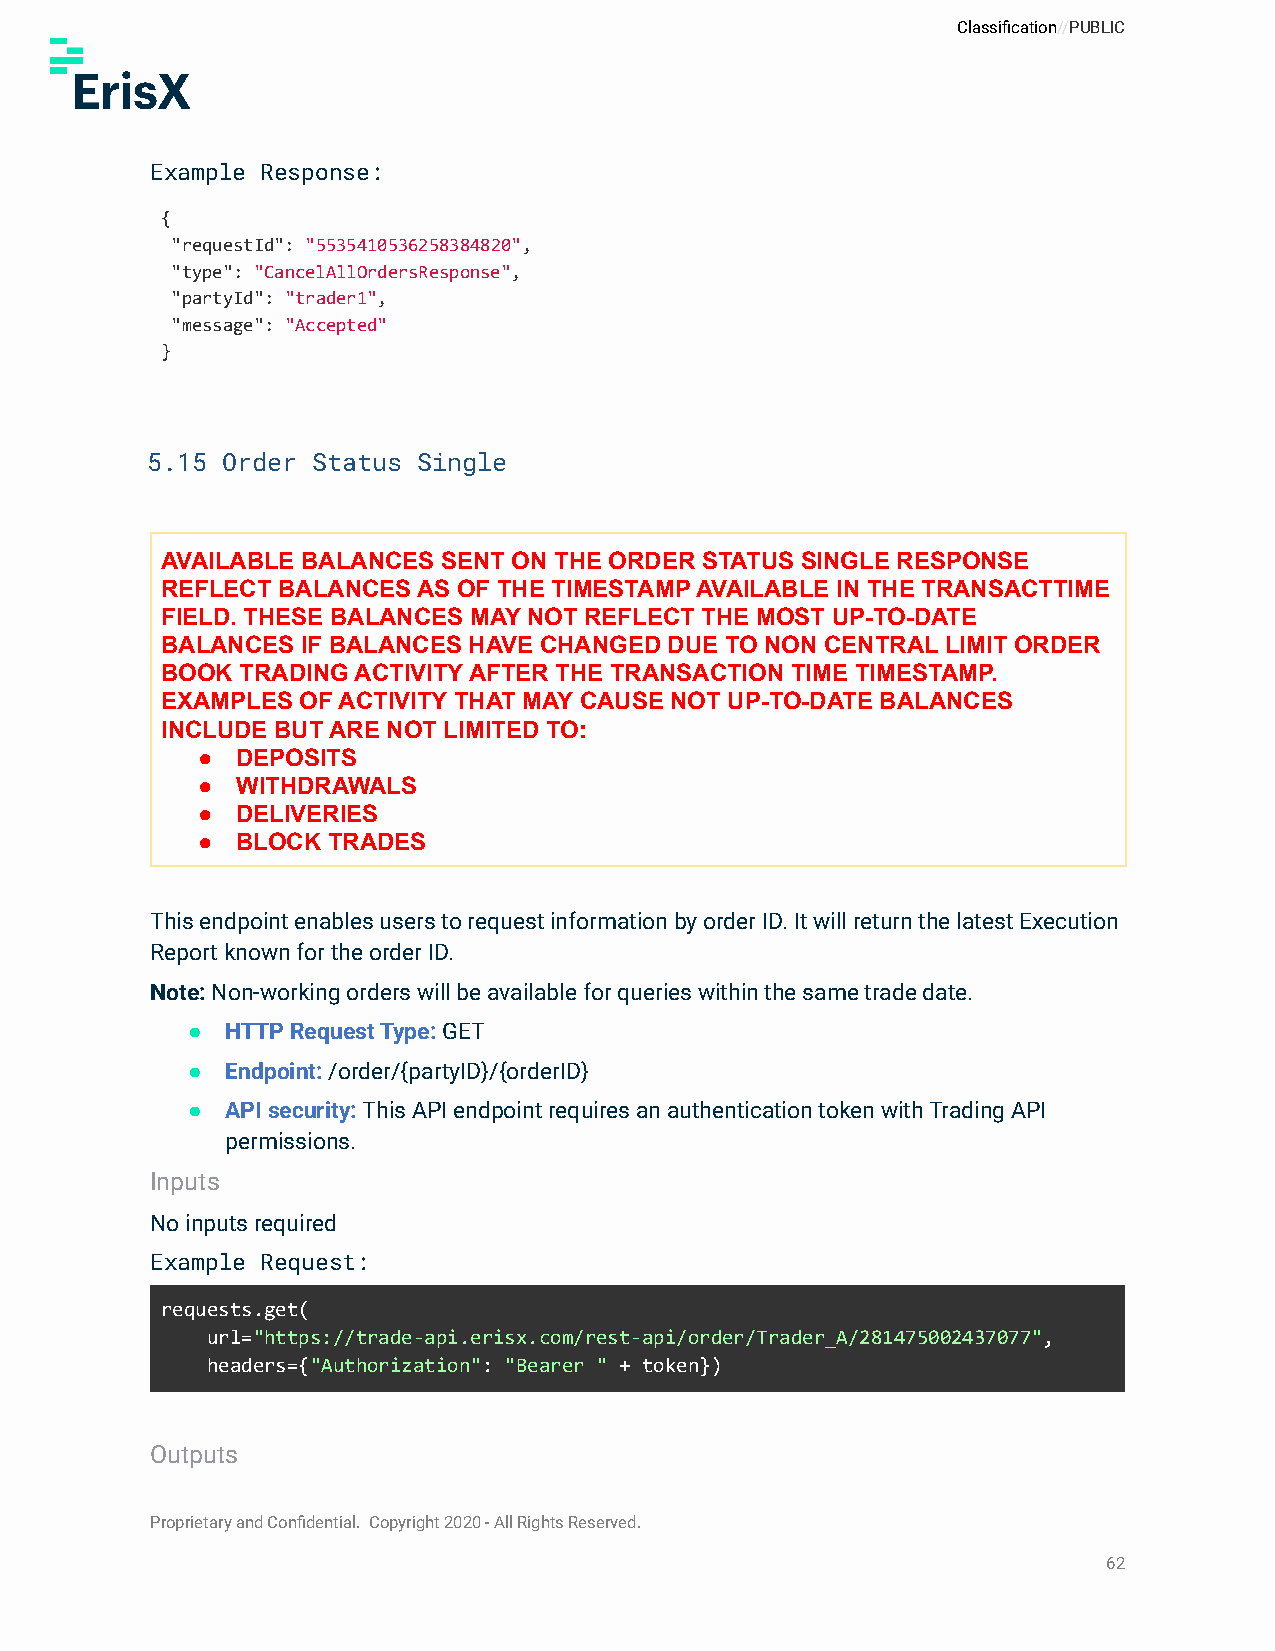
Classification//PUBLIC
 Example Response:
 {
 "requestId": "5535410536258384820",
 "type": "CancelAllOrdersResponse",
 "partyId": "trader1",
 "message": "Accepted"
 }
 5.15 Order Status Single
 AVAILABLE BALANCES SENT ON THE ORDER STATUS SINGLE RESPONSE
 REFLECT BALANCES AS OF THE TIMESTAMP AVAILABLE IN THE TRANSACTTIME
 FIELD. THESE BALANCES MAY NOT REFLECT THE MOST UP-TO-DATE
 BALANCES IF BALANCES HAVE CHANGED DUE TO NON CENTRAL LIMIT ORDER
 BOOK TRADING ACTIVITY AFTER THE TRANSACTION TIME TIMESTAMP.
 EXAMPLES OF ACTIVITY THAT MAY CAUSE NOT UP-TO-DATE BALANCES
 INCLUDE BUT ARE NOT LIMITED TO:
 ●  DEPOSITS
 ●  WITHDRAWALS
 ●  DELIVERIES
 ●  BLOCK TRADES
 This endpoint enables users to request information by order ID. It will return the latest Execution
 Report known for the order ID.
 Note:Non-working orders will be available for querieswithin the same trade date.
 ●  HTTP Request Type: GET
 ●  Endpoint:/order/{partyID}/{orderID}
 ●  API security:This API endpoint requires an authenticationtoken with Trading API
 permissions.
 Inputs
 No inputs required
 Example Request:
 requests.get(
 url="https://trade-api.erisx.com/rest-api/order/Trader_A/281475002437077",
 headers={"Authorization": "Bearer " + token})
 Outputs
 Proprietary and Confidential. Copyright 2020 - All Rights Reserved.
 62